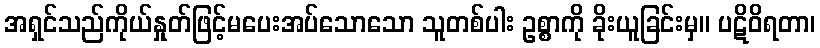
အရှင်သည်ကိုယ်နှုတ်ဖြင့်မပေးအပ်သောသော သူတစ်ပါး ဥစ္စာကို ခိုးယူခြင်းမှ။ ပဋိဝိရတာ၊